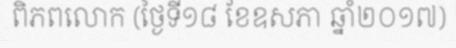
ពិភពលោក (ថ្ងៃទី១៨ ខែឧសភា ឆ្នាំ២០១៧)